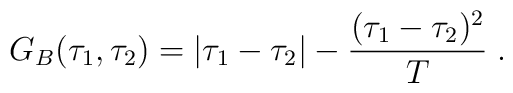
G_B(\tau_1,\tau_2) = |\tau_1-\tau_2|-{(\tau_1-\tau_2)^2\over T}\;.